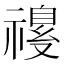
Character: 𫀡